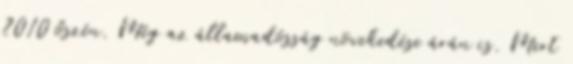
2010 őszén. Még az államadósság növekedése árán is. Mert